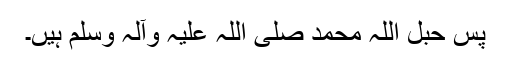
پس حبل اللہ محمد صلی اللہ علیہ وآلہ وسلم ہیں۔